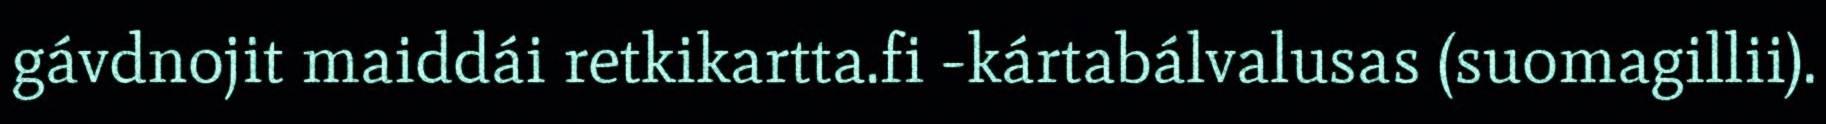
gávdnojit maiddái retkikartta.fi -kártabálvalusas (suomagillii).